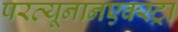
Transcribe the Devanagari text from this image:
परव्यूनानएक्स्ट्रा